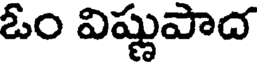
ఓం విష్ణుపాద